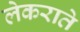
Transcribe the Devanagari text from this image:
लेकराते